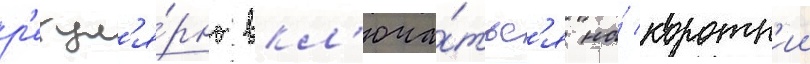
р'егул'я́рно вкл'юча́тьс'я на́ коротк'ии